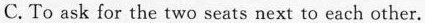
C. To ask for the two seats next to each other.